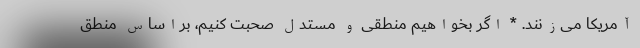
آمریکا می‌زنند. * اگر بخواهیم منطقی و مستدل صحبت کنیم، براساس منطق